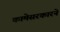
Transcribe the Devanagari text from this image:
कामेसरकारने